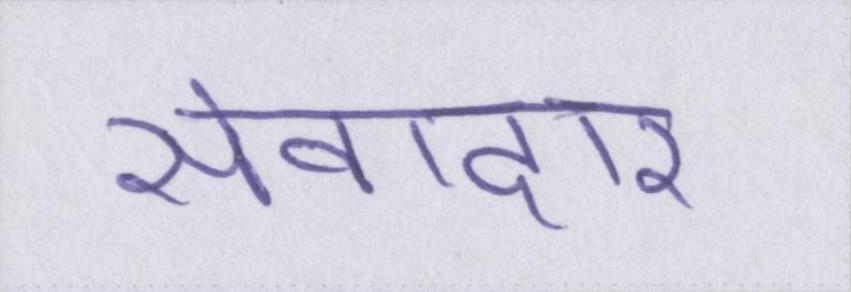
सेवादार